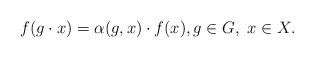
LaTeX: \begin{align*}f(g\cdot x)=\alpha(g,x)\cdot f(x), g\in G, \ x\in X.\end{align*}